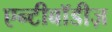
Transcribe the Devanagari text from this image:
एन्टीबॉडीज़